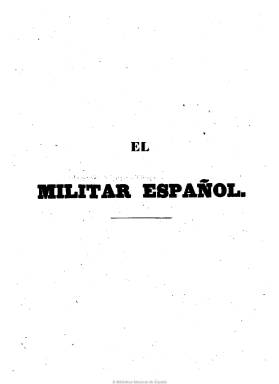
Título: El Militar español
Colección: Fuerzas armadas
Ámbito geográfico: Madrid
Lugar de publicación: Madrid
Fechas: 03/07/1846-27/04/1848

Subtitulado “periódico científico y literario, dedicado a promover los intereses del ejército y de la armada”, aparece el tres de julio e 1846, bajo la dirección del entonces teniente coronel José María Gómez Colón de Larrástegui, y forman parte de su redacción Isidoro Ruiz de Albornoz y el comandante Joaquín de Souza. Colaboran, entre otros, Jorge Pérez Lasso de la Vega, considerado pionero del periodismo marítimo español, y Manuel Posse.

Como Gómez Colón había sido previamente director del Boletín del ejército (1843-1846), considerará a su revista continuación de este. Pero sólo lo será en cuanto a sus contenidos profesionales, pues quien en puridad continúa dicho boletín es el Boletín oficial del ejército (1847-1854).

El militar español saldrá los martes, jueves y sábados en números de ocho páginas, comenzando cada uno con el parte oficial, una sección que incluye las disposiciones legales de los ministerios de la Guerra y de Marina, así como el movimiento del personal de los diferentes cuerpos y armas de los ejércitos, incluidos también los de la Guardia Civil y de Carabineros, además de las Milicias provinciales (nombramientos, traslados, condecoraciones, faltas y sanciones disciplinarias, retiros, etc.). También publica un editorial en cada número en el que ofrece su opinión sobre cuestiones militares de actualidad, además de otros artículos de fondo de carácter científico (ciencia de la guerra) y técnico. No es ajeno a las cuestiones militares que se debaten en el seno del cuerpo legislativo y político y en la prensa coetánea.

Además da cabida a artículos remitidos y comunicados de sus colaboradores, a observaciones sobre ordenanzas y reglamentos y sobre la defensa de los derechos de los militares, a noticias del reino y del extranjero, movimientos de tropas y buques de guerra, apuntes históricos, biografías, necrológicas, descripciones de batallas, estadísticas, relaciones de jefes y de otros mandos de los ejércitos, bibliografías y, al final, algunos anuncios. Sus fuentes procedían de la Secretaría de Guerra.

Al comienzo era impreso por la Compañía Tipográfica Española, y después por J.M. Gómez Colón y Compañía. Edita un número especial el dos de mayo de 1847, en conmemoración de la efeméride de 1808. Da por separado una colección de disposiciones oficiales durante 1847 y parte de 1848, y algunos suplementos. Al final, los dos primeros tomos anuales de su colección incluyen un índice. El número 284, de 29 de abril de 1848, es el último que se conoce de este título. Es continuado por El observador militar (1848), redactado por Pedro Echevarría. Por su parte, Gómez Colón marchará a Cuba, en donde dirigirá El orden.